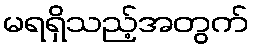
မရရှိသည့်အတွက်